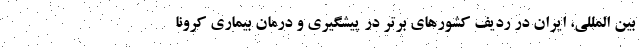
بین المللی، ایران در ردیف کشورهای برتر در پیشگیری و درمان بیماری کرونا